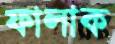
ফালাক